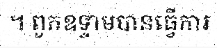
។ ពួកឧទ្ទាមបានធ្វើការ